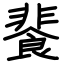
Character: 餥